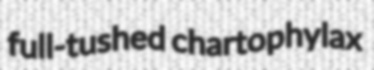
full-tushed chartophylax